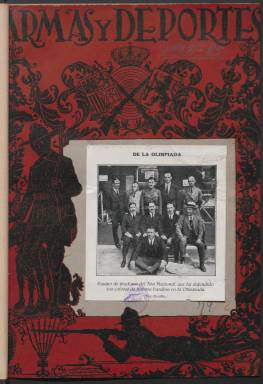
Título: Armas y deportes
Colección: Deportes
Ámbito geográfico: Madrid
Lugar de publicación: Madrid
Fechas: 01/07/1924-15/12/1931